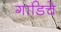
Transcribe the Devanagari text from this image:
गाडिचे